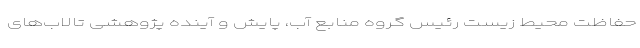
حفاظت محیط زیست رئیس گروه منابع آب، پایش و آینده پژوهشی تالاب‌های